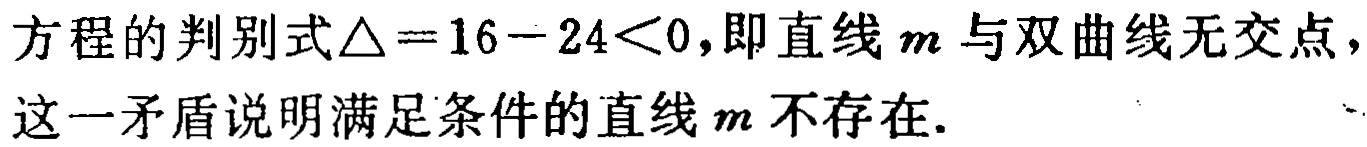
方程的判别式\(\triangle = 16 - 24<0\)，即直线\(m\)与双曲线无交点，这一矛盾说明满足条件的直线\(m\)不存在.